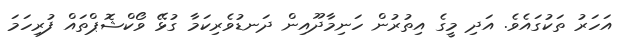
އަހަރު ތަކުގައެވެ. އަދި މީގެ އިތުރުން ހަނިމާދޫއިން ދަނޑުވެރިކަމާ ގުޅޭ ވޯކްޝޮޕްތައް ފުރިހަމަ